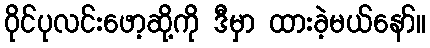
ဝိုင်ပုလင်းဖော့ဆို့ကို ဒီမှာ ထားခဲ့မယ်နော်။